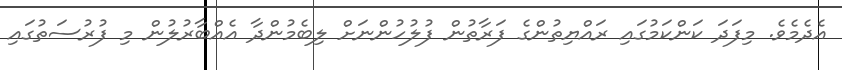
އެދެމެވެ. މިފަދަ ކަންކަމުގައި ރައްޔިތުންގެ ފަރާތުން ފުލުހުންނަށް ލިބެމުންދާ އެއްބާރުލުން މި ފުރުސަތުގައި